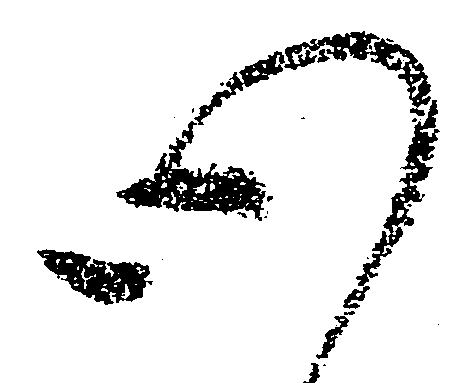
心